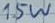
Text: 15W